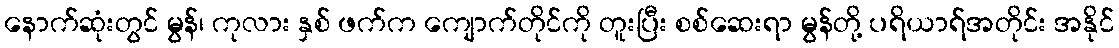
နောက်ဆုံးတွင် မွန်၊ ကုလား နှစ် ဖက်က ကျောက်တိုင်ကို တူးပြီး စစ်ဆေးရာ မွန်တို့ ပရိယာရ်အတိုင်း အနိုင်